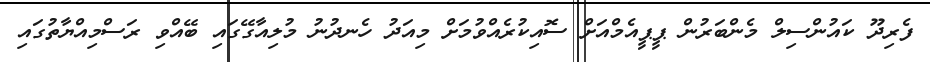
ފެރިދޫ ކައުންސިލް މެންބަރުން ޕީޕީއެމްއަށް ސޮއިކުރެއްވުމަށް މިއަދު ހެނދުނު މުލިއާގޭގައި ބޭއްވި ރަސްމިއްޔާތުގައި